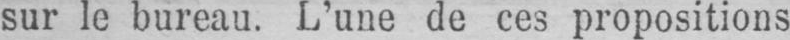
sur le bureau. L’une de ces propositions